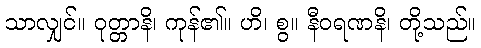
သာလျှင်။ ဝုတ္တာနိ၊ ကုန်၏။ ဟိ၊ စွ။ နီဝရဏနိ၊ တို့သည်။